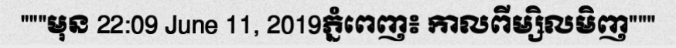
"""មុន 22:09 June 11, 2019ភ្នំពេញ៖ កាលពីម្សិលមិញ"""